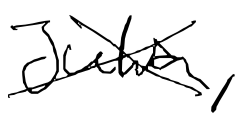
Text: Julia,
Cross-out: cross
Writing tool: digital_black